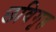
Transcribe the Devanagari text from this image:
छविगृह